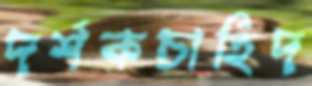
দর্শকচাহিদ